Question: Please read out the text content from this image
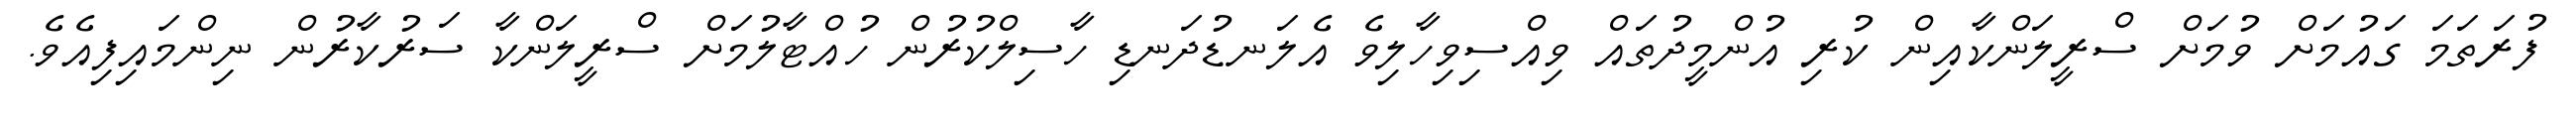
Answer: ފުރަތަމަ ގައުމަށް ވުމަށް ސްރީލަންކާއިން ކުރި އުންމީދުތައް ވިއްސިވިހާލިވެ އެލަނޑުދަނޑި ހާސިލްކުރުން ހުއްޓާލުމަށް ސްރީލަންކާ ސަރުކާރުން ނިންމައިފިއެވެ.